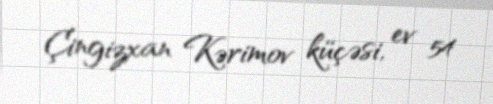
Çingizxan Kərimov küçəsi, ev 54